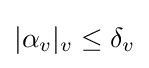
|\alpha _{v}|_{v}\leq \delta _{v}